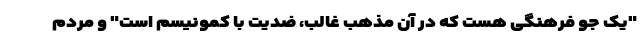
"یک جو فرهنگی هست که در آن مذهب غالب، ضدیت با کمونیسم است" و مردم